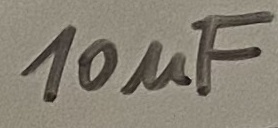
Text: 10uF